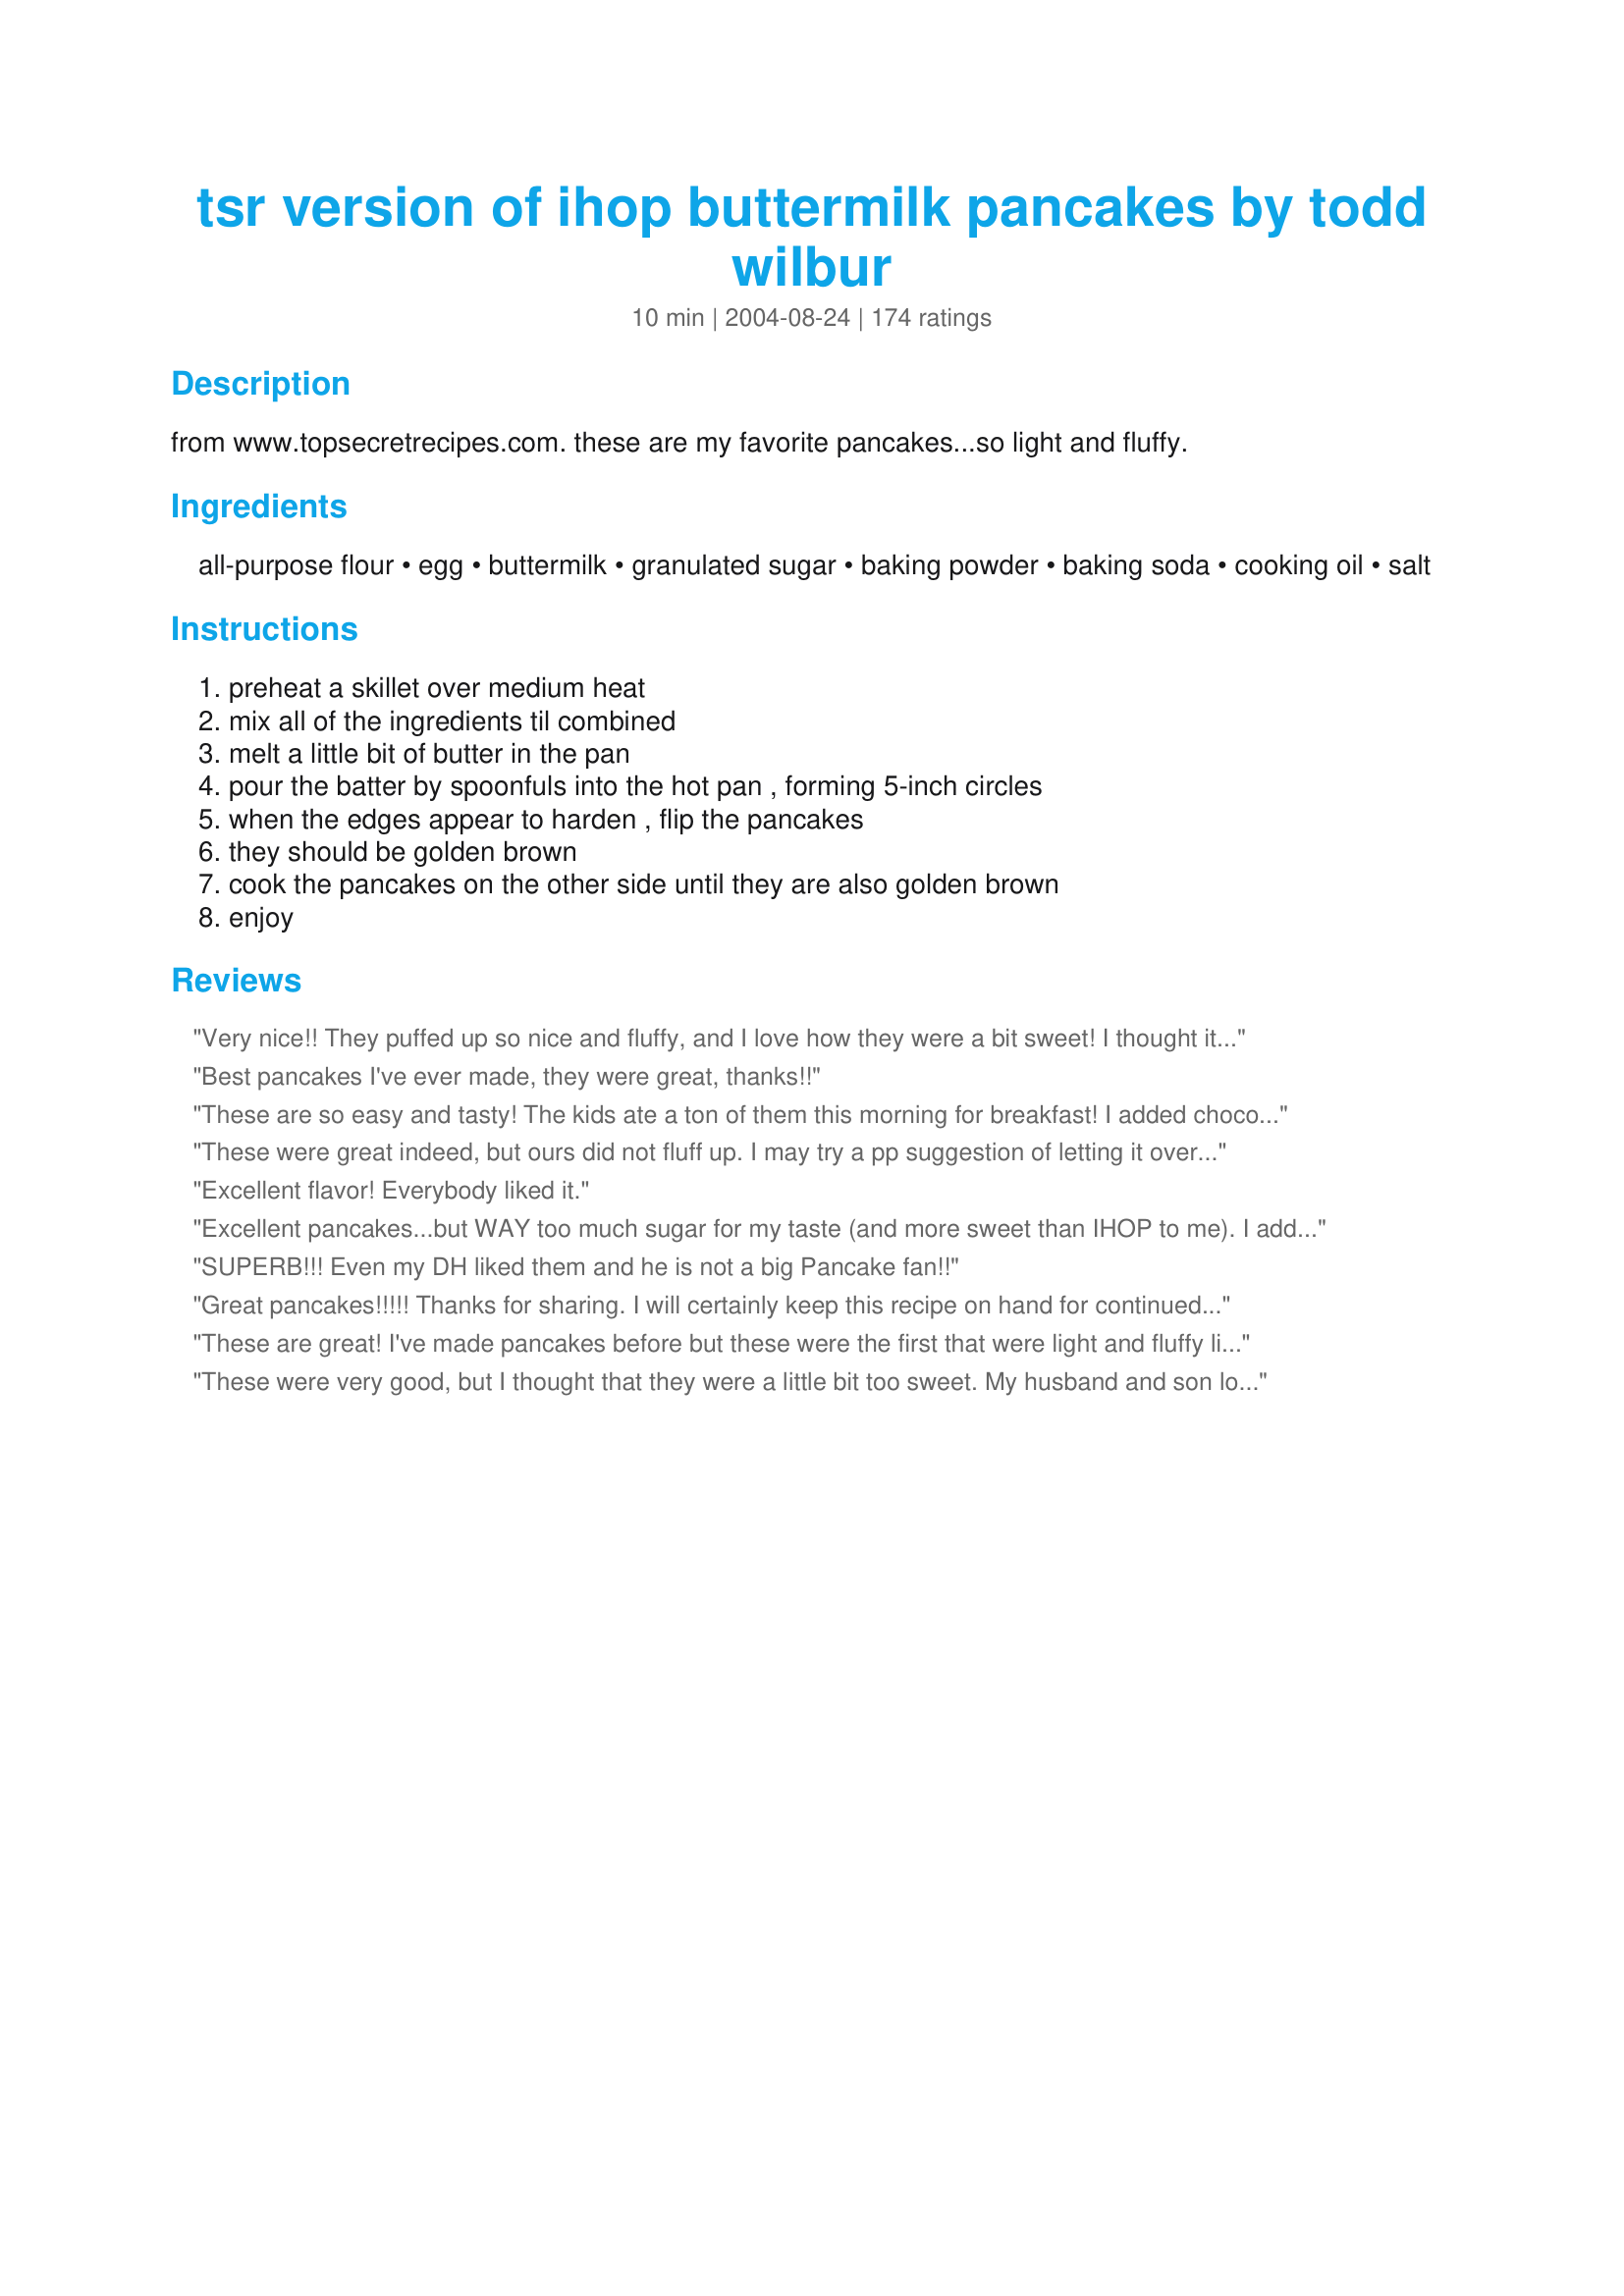
tsr version of ihop buttermilk pancakes by todd wilbur
Preparation time: 10 minutes

from www.topsecretrecipes.com. these are my favorite pancakes...so light and fluffy.

Ingredients:
all-purpose flour, egg, buttermilk, granulated sugar, baking powder, baking soda, cooking oil, salt

Steps:
preheat a skillet over medium heat, mix all of the ingredients til combined, melt a little bit of butter in the pan, pour the batter by spoonfuls into the hot pan , forming 5-inch circles, when the edges appear to harden , flip the pancakes, they should be golden brown, cook the pancakes on the other side until they are also golden brown, enjoy

Reviews:
Very nice!! They puffed up so nice and fluffy, and I love how they were a bit sweet! I thought it was a little strange that my batter had no lumps as regular batters do, but I guess that is how it was suppost to be! They were perfect!!
Best pancakes I've ever made, they were great, thanks!!
These are so easy and tasty! The kids ate a ton of them this morning for breakfast! I added chocolate chips to the 2nd batch and they were even better!
Thanks for the recipe!
These were great indeed, but ours did not fluff up. I may try a pp suggestion of letting it overnight and see if that makes a difference. Compared to our regular batter, this was a very thin batter and the pancakes were also very thin. No complaints on taste or texture though:)
Excellent flavor! Everybody liked it.
Excellent pancakes...but WAY too much sugar for my taste (and more sweet than IHOP to me). I added blueberries too which I LOVE. I will make them again with half the sugar or less. I used 1/2 whole wheat white flour..and will use 100% of that next time as well. Looks like a few others got great results using butter instead of oil..so I will try that and half the amount. A few said they didn't use any oil and it turned out fine...so I thought halving it wouldn't hurt!
SUPERB!!! Even my DH liked them and he is not a big Pancake fan!!
Great pancakes!!!!! Thanks for sharing. I will certainly keep this recipe on hand for continued use in the future!
These are great! I've made pancakes before but these were the first that were light and fluffy like a restaurant. Family loved them.
These were very good, but I thought that they were a little bit too sweet. My husband and son loved them! They gobbled them right down! =)
Thank you for sharing this wonderful recipe! My finicky husband gobbled them up. These are truly IHOP like in appearance, texture and most importantly FLAVOR! I doubled the recipe with excellent results. This is my new Saturday morning recipe!!<br/>THANKS AGAIN!
Great pancakes !! I&#039;ve made them twice this month for guests &amp; they were well-rec&#039;d both times. On the 1st occasion, they were made exactly as written. For the 2nd occasion, they were also made as written .. BUT I added a homemade gingerbread spice blend to the batter &amp; swooned over the outcome. These babies are now my go-to recipe of choice for pancakes. Thx for sharing this recipe w/us. :-)
Perfect pancake recipe!!! This is now my favorite pancake recipe.
They are light, fluffy, moist and on top of all that....totally delish!!
Does taste like IHOP pancakes. I would have taken a picture but they were eaten too quickly. :-)
Thanks a million for the recipe!!
These were AWESOME! They truly do have the texture and taste of IHOP's pancakes. Thanks for sharing!
I live in Brazil, and here it's difficult to find buttermilk. So I made a homemade recipe: stir 1 cup of low fat milk and juice of 1/2 lemon, and let rest for 10 minutes. The taste was great, very close to IHOP's.
I haven't been to IHOP in years so I can't compare but these were excellent pancakes - light & fluffy! Since I had only 1 cup of buttermilk, I topped it up with 1% milk. Delicious with warm Blueberry Sauce (#78222). Thanx Mandy!
PERFECT! These are light, fluffy and WONDERFUL!! YUM!
Whipped these up the night before after the kids were asleep. That saved at least 30 minutes even though it only took 5 to make the batter up (you moms of hyper kids know what I mean :-).
The next day, I had to go to a meeting, so hubby made these and left some for me in a container. Even two and a half hours later, these babies were good! I ate three before I even got out the syrup! They were not extrememly fluffy (as in lofty in height), but light and delicious they were! 
I did not "mix until smooth" because so many cooking shows and mags I have watched and read say that mixing pancakes till smooth (no more bubbles) causes the pancakes to be flatter, denser and not as fluffy. Over mixing till smooth will result in a flapjack rather than a light fluffy pancake. Flapjacks are great for filling and using as breakfast sandich bread. For light and fluffy cake-like pancakes, use a light hand when mixing. I mixed the dry ingredients all together in a seperate bowl, beat the egg well in the measuring cup I later used for the milk and then added wet ingredients, stirring with a spoon only until the egg seemed well dispersed throughout the batter. I had bits of dryer lumps still in the batter when done stirring. 
My favorite way to dispense pancakes is to cut off the end of a cheap bulb baster, suck up the batter and dispense rounds on my griddle...no more drips and spills. 

Thank you very very much. I'm not buying a store bought mix ever again!
Maybe I did something wrong, (although I have double-checked quantities), my mix was very runny and difficult to work with, and seemed to burn very quickly, even though they were cooked on the lowest burner. Were also very sweet
Very good recipe. I will start making this over the store bought mix.
Very nice, filling pancakes. I added a bit more baking powder because I like them thick and fluffy. I also threw in blueberries since I have been trying to get more fruit in our diet. I really liked this recipe.
These are seriously good pancakes! My daughter said they were even BETTER than IHOP's. I usually make pancakes for her for breakfast, but I couldn't keep my hands off them. The batter turned out a little too thick, so I had to add a bit more buttermilk. Thank you for sharing this recipe! I'm sure it will become a mainstay at our house.
Made these last night for "breakfast supper" they were wonderful- big, light, fluffy and delicious.
These are the fullyiest moistest pancakes I ever made, and I have been searching for the perfect pancake recipe for a year now. I have done these with the buttermilk and when I didn't have it I added 1 tablespoon of lemon juice and they turned out the same. Thank you so much for posting. Now I can move on with my life.
This is how I've been making mine for years. Resting it gives the fluffiness , add berries to make it even more yummy.
These were easy to make and tastes great. Thanks for the recipe.
Nice and fluffy, great flavor. I did take one reviewers advice and let the batter sit for about 30 minutes. Will definitely make again.
Very good recipe, flavourful. I needed to use up the rest of the buttermilk, so this was a perfect way. Had a sweet flavour. They weren't as fluffy as I expected, but I think it had something to do with my baking soda sitting around too long - need to buy a new box!
I thought these were very good. I used dry buttermilk, and decreased the liquid (water) I used by 1/4 cup, both because I wanted thicker pancakes, and also because the egg I used was extra-large. They came out very nice, light and fluffy as advertised. I will increase the salt and decrease the sugar just a little next time I make them. Thank you for posting this recipe.
These didn't taste like Ihop pancakes but they were delicious! I only used 1 tbsp of sugar because I'm not a fan of sweet pancakes. I only added a tsp of vanilla extract. Thanks for the recipe! Will defintely make again!
These were so nice and fluffy. Will make these again. Thanks for posting.
I made these tonight and they were delish! I'm always looking for a good pancake recipe as we like to make breakfast for dinner regularly. I let the batter sit for almost an hour. It is much better than the copykat recipe which I have as well. The only thing I did different was to add a tsp of vanilla. I will also double or triple the recipe since I do like a nice size cake but I was able to get the standard 10 using the 1/4c scoop.
Our daughter and son-in-law reported that these were the best pancakes they have tried so far, but they aren&#039;t sure this is just like IHOP (and they go there frequently). LOL! Who cares if they are the SAME; it&#039;s okay with me if they are better! Made for Name That Ingredient Tag.
Wowzeers! These are good! The batter was soft, thick & billowed when mixed. Be sure to butter pan generously to get crispy edges (if you like the contrast between tender cake & crispy edges). We added frozen blueberries - sprinkled on top of cakes in pan before flip. Will be keeping this recipe...oh, duh, I left out the oil - still great anyway! Thanks for posting xOx!
These go straight in to my very favourite zaar recipe folder.
Light, fluffy and delicious.
Served with a knob of butter and maple syrup.
Thanks for sharing.
very good pancakes. i have been trying so many recipes and am very pleased with this one. thanks for posting. it came out a little thick but i just had to add another tablespoon of regular milk and the batter was perfect.
yogi
These make light and not real thick pancakes, which I love. So did the family!
I made these and also loved them. My son thought they were good too although he said they were a little different then what he is used to. The batter is just perfect not too watery or dry. I expected to see tiny bubbles over the batter as they were cooking and did not so just watch out. Mine did not fluff out as much as others have said maybe my baking powder is getting outdated, I dont know. thanks for a keeper
Great pancakes. Just perfect to flip. Served with homemade chokecherry syrup and sausage. YUM.
Something I forgot on my original review......do not let better sit overnite!!!!!!!!!!!!!!! Also use a heaping teaspoon on baking powder..i use a 1/4 measuring cup full of batter for each pancake, comes out perfect.
Delicious, and couldn't be easier! Thank you!
This recipe my family has used for years and a few things that we have found out over the time. Letting the batter sit is 'a good thing'. To make these into chocolate pancakes add cocoa, half and half batter and you can make plain and chocolate smiley faces. Also by reducing the liquid a bit we have added pumpkin puree for the fall, add a tad bit more liquid and let it set over night with dried berries. The favorite is chopped apples added with ice cream carmel sauce and a dollup of whip cream on top. This is a great recipe to let your imagination go wild.
I have never made better pancakes. These were moist, light and fluffy. Definitely a keeper!!
These were great!! I taped the recipe by the flour, since I usually have all the ingredients. I ended up freezing some and bought some blueberry syrup for them ( since I know that will be FANTASTIC!). Thanks so much!!
Living in the Netherlands we get lots of good pannenkoeken (which are like crepes), but we were craving some American-style buttermilk pancakes. Wow, did these fit the bill. Just the right density and a great flavor. I added about 1/2 c. chopped banana and 1/4 c. walnuts and they just might be the best pancakes I've ever made. This has just become our new standard.
Light and fluffy and just perfect!
This is my all-time favorite pancake recipe. And it really does taste exactly like IHOP's! Thanks for sharing, they are wonderful, light and fluffy. Sooooo good with Boysenberry syrup!
My new favorite pancake recipe (and I'm particular about my pancakes!). My 5 kids and my husband all loved them. Yummy!
EXCELLENT pancakes! I actually cut out almost all of the oil and used only about two teaspoons.
These are soft and fluffy but with just the right weight and density that a really good pancake needs.
Just made tonight and they were a hit! Very close to Ihop! Will be making from now on! I did add a teaspoon of vanilla, but other than that followed the recipe exactly. I didn't think they were too thin at all!
When schools were closed for a snow day, meetings were cancelled and DH gt to work from home, replacing our crazy, hectic weekday morning with a yummy breakfast just sounded like the thing to do. We had buttermilk that needed to be used up so I searched the recipes for one we hadn&#039;t tried yet and this is what we came up with. Served them with either powdered sugar or real maple syrup. These are very close to IHOP pancakes. DD said all we needed was IHOP&#039;s strawberry syrup (her favorite) and they would be perfect.
These were good basic pancakes, but the kids did not care for them.
These are the best pancakes I have ever had- bar none. I added 1/2 tsp of vanilla extract and did everything else as written.
YUM! My family loved these! I didn't have enough buttermilk for 2 batches, so I used milk for half of it, and it worked fine. Great recipe! :)
We will never make pancakes from a mix again. These were so easy to throw together, and they came out so light and fluffy!
Excellent. Great flavor and easy to make. Excellent for our Sunday Family Breakfast! Ty for the post.
Awesome pancakes, great texture and taste great, will be my "go to" buttermilk pancake recipe from now on. Thanks for posting!
Yummy! IHOP makes the best pancakes, and this copycat recipe is also the best.
I printed this recipe awhile ago & just made them this morning. These were great! I've used buttermilk before in waffles. These are light & fluffy just like everyone says.I actually use Buttermilk powder with water. There's only 2 of us and I don't use up the real buttermilk quick enough. Really easy to make too so I'm not buying pancake mix anymore.
These pancakes hit the spot! I dunno if they taste like IHOP's, but nevertheless, they taste great. My family especially enjoys having these pancakes when we have breakfast for dinner. I never have buttermilk in the fridge, so I always use Recipe #430334 which works like a charm. Thanks.
Fantastic pancakes and so easy to make! Don't know if these are anything like IHOP, but these are delicious!
This is my first recipe that I've ever rated on here and I've been using recipezaar/food.com for YEARS! But after making these one time, I keep buttermilk on hand. So we can have these anytime we fancy them. Our whole marriage, my husband has been the pancake guru using Aunt Jemima's but now, I've won the whole family over including him with this recipe! I love it! Great recipe to freeze and eat anytime.
YUM! I was craving pancakes and now I don't ever have to go out for them again. Superb!
Tender, tasty and easy are three adjectives that would describe these pancakes. I have not had IHOP's pancakes, so I cannot compare them. The family gobbled these up in no time flat. I did not have buttermilk but substituted buttermilk powder with no ill effects. I also added a splash if vanilla as my family loves the flavor it adds to the batter. This is a keeper for sure.
These are wonderful! Definitely using this instead of my usual recipe. Never tried to make buttermilk pancakes before, and was very pleased with the results.
Great pancakes! In one bowl, I mixed the dry ingredients, flour, sugar, baking powder, baking soda and salt. In another bowl, I mixed my wet ingredients, egg, buttermilk, vegetable and 1 tsp vanilla (my addition). Once mixed, I gradually added the dry ingredients, to prevent the batter from getting lumpy. The reason why I don't throw all the ingredients into a bowl and mix is because the recipe calls for baking soda and powder, to prevent the batter from potentially tasting powdery, I mix it with the flour first then with the rest of the ingredients. Thank you for a great recipe.
I made these 2 weeks ago and my family loved them.Then I lost the recipe and printed 3 copys so I will always have 1 lol.I also added a teaspoon more of baking powder for a lighter pancake.
These are awesome, better than ihops and 5 star all the way! Thanks for making so many meals so great!
This is my favorite pancake recipe. Delicious, reliable results every time!
I make these at least once a week (usually on Saturday mornings) and double the recipe to keep on hand for weekday breakfasts -- although they often don&#039;t make it past Monday! My four kids and husband love this recipe and ask for it all the time. Buttermilk is a staple on my grocery list. I always have a half gallon on hand. I also add a tablespoon of vanilla to the recipe and add chocolate chips. I make each batch on a stovetop griddle with melted butter. yum!!!
?? These aren't good. They're way too sweet and they are nowhere comparable to IHop's masterpieces. I made this once and thought maybe I put in too much of something, but I made them exactly as described in the recipe a second time and they were even worse. Bisquick or Krusteaz mix is way better. Ech. I'm not sure why everyone loves these so much.
This is the recipe I use, except that mine calls for only 1 cup of buttermilk and a heaping tsp of baking powder. They are really good, and my family loves them, even with white whole wheat flour.
I'll admit that I'm usually lazy and just use a pancake mix when I feel like pancakes - but that's only because I'd tried a few "basic" pancake recipes that were entirely tasteless, didn't have a good texture, and left that nasty taste in my mouth. That's all changed now that I found this recipe! WOW WOW WOW WOW WOW!!!!! Absolutely YUMMY! So fluffy - and I don't just mean"light", I mean this recipe makes a FAT pancake! The sugar adds just enough sweetness - you could almost eat them plain! I'll never use a mix again! Thanks for sharing this one!
Wonderful. Made this recipe and it is a keeper.
The best pancake recipe I have found. I made mine vegan with egg re placer, soy butter milk, etc. So freaking good!
These are delicious! I did add 1 tsp. vanilla, but other than that, I made them just as posted and was not disappointed! As others suggested, next time I make them I will let them sit for at bit to make them even better. Thanks for posting! NOTE: I'm making these today for the 3rd or 4th time and was out of all-purpose flour, so I used bread flour instead and also added 1/2 tsp. salt. These turned out the BEST out of all the times I made them. They were extra fluffy and full of flavor!! I will continue to use bread flour and 1/2 tsp. salt when making this recipe!
These pancakes are really tasty, Mandy! They're even amenable to messing around a bit with the flours. I used 1/4 c soy flour and about 1/3 c whole wheat pastry flour for part of the all-purpose type. I didn't have buttermilk, so I used 1/2 c plain yogurt and 1 c vanilla soy milk (which I soured with some ascorbic acid). I let the batter sit for about 45 minutes or so before cooking them up, and they were indeed light and tasty. The batter's quite sweet, but the end result is just right, delicious with syrup and a few walnuts sprinkled on top. Thanks!
Those pancakes were the best I've tried so far from this website. I didn't need to tweak it, it was perfect as is. We really enjoyed the buttermilk taste (what's the point in using it if it doesn't taste like it?) along with the berries we ate with the cakes. I was like a kid, watching them rise after I flipped them. Thank you very much for this new breakfast treat!
Baked these in the oven (stovetop was broken). The pancakes still turned out GREAT! Five star rating from all of the family.
I was having a major pancake craving and this really hit the spot. I didn't have buttermilk so I added 1TB of white vinegar to the milk. I poured creamy maple syrup on top for an ultra decadent meal. Thanks for posting.
These pancakes were delicious! By the time, I got to the table there was only one left. I had to get up and make more for myself! Thanks -- this recipe will become my usual for pancakes...Mia
I made these for breakfast two days ago, and thought they were very good. I made the batter the night before and let it sit in the fridge in a covered bowl. They were very easy to put together, and they were very light. We used maple syrup (our usual topping) and were very tasty. I will be making them again. Thanks for posting, xOxMandYxOx!
I changed it up a bit! I added a heaping tablespoon of sour cream...1 tablespoon of lemon juice and a teaspoon of vanilla...turned out wonderful!
Simple, fluffy, and delicious. I used powdered buttermilk. Will make these again!
I was very like Geist, standing there watching these pancakes rise like a child. We loved these and will be making them again. I was upset and needed something to do and chear me up, these were the perfect medicine. Thanks for posting. UPDATED: i had made some more and frozen them to have fro my aerican birthday breakfast - these are outstanding. this will be the only pancake recipe i will make from now on, and everyone loved it. Miss Pixie x x x :D
waaaaaay too much oil! they tasted Ok but were pretty soggy, not fluffy. Next time I'll cut the oil from 1/4 cup to 1/8th
We really like this recipe. The only reason why I didn't give it 5 stars was because they were a little sweet for me, but that is just a personal preference. Thanks so much!
These were wonderful! My Boyfriend and I ate the entire batch. He was standing by the stove waiting for the next batch to get done. We will be making these again!
I have replaced what i had thought was the best pancake recipe in my recipe box to this one!!! These are soooo fluffy and tasty! With serveral ingrediant changes because of not making sure i had all the ingrediants before starting, they were still incredible. I didn't have enough buttermilk (1/4 cup to be exact), so i followed the advice of another reviewer and topped up with 1% milk. i also had no sugar-hard to believe-and substituted for splenda. With all the changes i was curious how they would turn out and they were AWESOME!!! i also followed another reviewers advice and made it the night before. thanks for sharing the recipe and for all the advice from the other reviewers. I've decided to no longer experiment with other pancake recipes, there's just no point-this is the best!
These are wonderful! Very easy to make and my whole family loves them! I now have to keep buttermilk stocked in the fridge for these. I'd love to see how well they stand up to freezing but I guess if you don't have anything left over you can't freeze it LOL!

Thanks again for a wonderful recipe!
Very easy to make and YUMMY!! Just be prepared to double/triple the recipe because your family will want more.
These pancakes are so good! They are easy to make and they come out perfect. I have always had trouble making other pancake recipes before so this was going to be my last try at making pancakes. Thank you so much for posting such a great recipe.
In love with this recipe! Even satisfied my pickiest eater a preteen who loves ihop! Tried so many recipes in search of the perfect flavored and textured for a delicious pancake, so glad I tried this one! it has now been our go to recipe for yummy pancakes for the last yr. or so and still loving it.
DELICIOUS! I&#039;m always after the perfect fluffy pancake recipe and this is definitely it! My fianc&eacute; and I polished these off for brunch very quickly!
These are some of the best pancakes I've ever had, very close to IHOP. I followed some other reviewers' suggestions and added 1tsp of vanilla. I let the batter sit for about 30 minutes, might try to let it sit for longer next time (too hungry to wait!) Deliciously sweet and very fluffy.
Can't believe I forgot to rate these! DH and I like to have breakfast for dinner every once in a while and these were great sprinkled with blueberries. I always add a bit of lemon juice to all my pancakes and between that and the buttermilk these had a nice subtle tang to them. These are the standard now!
It's been ages since I've been to an IHOP, but I do remember their wonderful buttermilk pancakes, & these are just as satisfying! I usually like my 'cakes & waffles with light corn syrup, but this time I had a homemade cranberry & strawberry syrup & was really nice! [Tagged, made & reviewed in Zaar Chef Alphabet Soup tag]
To make the best pancakes (or any food) it all begins with a great mood and love you put into the making of it do not cook in a bad or unpositive or unsure mood. The better you feel about it the better it will be. We modified this recipe as we didn't have enough milk and what I knew from memory of being a breakfast cook in high school years ago. We used half milk the other half was half n half cream (ran out of milk) then we used melted butter a little more than called for cinnamon about a pinch or two and about six drops of pure vanilla extract the rest stayed the same. We mixed it and allowed to rest for ten to twenty mins then we cooked in a cast iron pan with oil (vegetable,crisco,or coconut oils work best for us). Cast iron skillets make the best pancakes in my opinion (remember the 1st cake never comes out well) cooking is not an exact science of ingredients but an art of love and ingredients so if you mess up a little here or there it does not matter as long as you put in lots of LOVE and good feelings it will come out awesome. This is why grandmothers cook great food as the amount of love they put in is huge. Good luck and God bless. Unlock your inner chef with positive beliefs
Yum!! We followed the recipe exactly and these made for such a wonderful breakfast! I agree with everyone-they&#039;re very light and fluffy and the taste is fantastic! Thanks for the great recipe!
This morning, I made this pancakes for one person only. So I tried to half the recipe with all the ingredients except keeping 1 egg. Well, the pancakes came out so good. They are light and fluffly with a perfect sweetness. I was able to make 3 nice size pancakes out of half batter. The guest loved them and asked for the recipe. I called the ingredients out to her and guess what? I forgot the oil in the batter. DUH!!! Anyway, this recipe is very forgiving and turned out great even with my big mistake. Thanks for posting it.
Pretty good pancake! I used LF buttermilk, which may have made them a bit thinner than I would have liked, but they tasted delicious.
These are amazing! We love making these (though we add a tad more salt). I’d rather have these any day over IHOP’s. I know that sounds a bit off, but it’s the same but better.
Hands down the BEST buttermilk pancake recipe I have ever made!! I have been making this for a few years now and have never reviewed it. I usually have to triple it for my family of 6. (The kids LOVE them!!) If I have leftovers, I freeze them and microwave them later. These are just as easy as a pancake mix and taste 100 times better!
Excellent, added a few drops of vanilla essence.just as gud as ihop
Delicious easy wonderful pancakes. Made for I recommend.
These were good! The batter does remind me of Ihop as their batter runs a little thin. I recommend letting the batter sit for 10-15 minutes to thicken up so the pancakes won't be so thin they tear apart. Makes ten nice pancakes if you use 1/4 cup batter per. Give them room as they spread on the griddle. Thanks for posting, Mandy!
I doubled the recipe as I love to have leftovers to microwave. I followed the recipe exactly as written with the exception of adding a splash of vanilla and I made my own buttermilk as I didnt have any on hand.Hubby likes thinner pancakes so I decided to give it a try.He loved them and ate way too many, now he is miserably full. Very easy to make and they cook up quickly.Thanks for the wonderful recipe, hubby is very happy :)
Yummy!! I used butter instead of the oil. I always add butter on top after I cook them so I thought maybe if I substituted it in the recipe, I wouldn't have to add all that fat later...and I was right!! They had a delicious buttery flavor and they were the perfect sweetness. Cooked up very fluffy too...Thanks!
Perfect pancakes!
Fantastic!! I used the buttermilk powder. Even the batter smelled yummy. I added a touch more flour than called for. It's better with real buttermilk! Just as good for the waffle iron, but need a bit more flour for that. Forget the mixes, this is IT!!!
AMAZING!!! i topped these with a home made blueberry sauce and whipped cream and it was fabulous!!
These are okay. They definitely do not taste like IHOP pancakes. There are much better pancake batter recipes out there.
Delicious. Ate them for the second time this weekend. My French husband adores them and tried to eat mine! I also topped them with Blueberry Syrup. Will definitely make them again...and again.
Have made these a few times now and they're always a hit! I added 2 teaspoons of vanilla and a teaspoon cinnamon to mine and everyone fights over the last one. Thanks for a great recipe.
Great taste and texture. Thanks x0xMandYx0x :) Made for cookbook tag game
Great pancakes. I made a buttermilk substitute and we really enjoyed these light fluffy pancakes. Thanks for sharing. Made for Zaar Alphabet Soup Tag.
These are my favorite pancakes. Reliable, fluffy, and delicious. I was about to submit the same recipe, but this is almost exactly the same version I use. I use nonstick spray instead of butter to grease the pan, I use a mixer to blend the batter, and I use a heaping teaspoon of the baking powder.
These were good. I used whole wheat pastry flour and 1TB flaxseed/3TB water as an egg replacer. I think it makes a difference on how you cook them because my first 3 fluffed but fell flat. The last 2 were good though. They were spongey and I think it's because I flipped them as soon as the edges were flip-able. So, as to not let the center bubble up too much because the more bubbles that form in the center the less amount of air you'll have for that lift. I think that may affect the ability for the pancake to puff up and stay that way.
We made these last Sunday. Usually have pancakes once a month, and go all out with berries, maple syrup &amp; thick slice bacon. It is now the following Saturday, &amp; we're having these yummy pancakes again. New family favorite, &amp; the recipe is perfect. I wouldn't change a thing.
This is the pancake recipe I've been looking for for years,excellent,I feel whole again:]
The best pancakes ever!!!
I've found the best pancake recipe in this one. They were very good, even dh said so. I know I will use this from now on. Thanks!
This is a great recipe. I add 1 teaspoon of vanilla for a little extra flavor. I also make my own Buttermilk by putting 1 Tablespoon of vinegar in the glass measuring cup before adding enough lactose free skim milk to measure 1 1/4 cups. I&#039;ve also found that using a moderate heat works best.
oh so yummy! First time I've ever cooked with buttermilk. My son made a cute comment that they were so yummy and buttery by themselves, that they didn't need any extra butter, he just laughed when I told him they were made with buttermilk. I will be making these again.
Delicious!!!! I followed it to a "T" and it made 10 pancakes!
Great pancakes! They have a bit of a sweetness and a very nice fluffy texture. I've tried several pancake recipes on Zaar and liked them all, but this one is now the only one I'll be using. My daughter requested chocolate chip pancakes, so I threw some chocolate chips in some of the batter and it worked out great.
YUM! love this recipe. Turned out great! Thanks for sharing the recipe!
Awesome recipe, we had them for breakfast this morning! I added a little vanilla, and we threw in chocolate chips when we made them!!! YUM!!!
That's right, I've never been to IHop. I've only seen commercials on TV.

These were very good. I had only 2 eggs this morning, and knew that meant nothing to have tomorrow. I decided I'd just mix up pancakes, and since I had buttermilk here that's about to spoil, I thought I'd use that up to. I was VERY happy with the results.

They were nice and fluffy and just most enjoyable. I might add blueberries the next time, because that just sounds like a nice addition.
These were PERFECT!!! I'm not much of a pancake fan, but once in a great while I get a craving for them, but they have to be GOOD pancakes. Since I didn't have buttermilk I added about 1.5 tablespoons of white vinegar with regular milk and let it site for about 10 mins. I followed everything else according to the instructions But I did cut the oil down to 2 tablespoons. you won't be disappointed!
Perfectly lovely pancakes :) They were very similar to IHOP. I made my own buttermilk using 1% milk and vinegar. Other ingredients were measured precisely. I buttered the grill. I let the batter rest for 10 minutes, which made it look like it expanded. Quick note: beat it well. I thought mine was very well blended, but toward the middle, I found pockets of flour. I used a beater on low speed, so maybe I should go with a higher speed for longer. Some of the pancakes had a sweeter flavor than other, but it was more interesting than off-putting. I'd love to try this again with butter instead of oil. I doubled the recipe and produced 24 pancakes using a 1/2-cup measure to pour the circles. We have 4 left over in the freezer for school mornings. Yum! Thanks for making a great tasting pancake recipe for those of us who live too far from IHOP to go there often.
I can't believe I haven't rated these before. These are fantastic! My daughter loves them, wants them breakfast lunch and dinner! I usually make a double or triple batch and then freeze them. Take the out and microwave them for a few seconds on each side.
Delicious!
These pancakes were awesome. I used 1/4 cup of butter instead of the oil. It wasn't quite IHOP pancakes but they were very close and tasted great. This is by far the best buttermilk pancake recipe that I have tried to date.
this was an awesome recipe, my DH loves IHOP, we try to go every Sunday before church. However, some weekends we can't make it so I surprised him with this recipe. The only thing I added was a teaspoon of vanilla extract. It was so good, I really loved it, thanks a million.
Made these for Sunday morning breakfast, boy were they good! They were so fluffy and delicious. I made the batter the night before which made Sunday morning breakfast a breeze! Thank you for posting, this ones a keeper!
buttermilk pancakes are my sons favorite, my youngest son always ask me to make this, thanks mandy, this is a great recipe.
These are the best pancakes... they are really really light. They have little air holes in them. I didn't have buttermilk so I made my own. 1 TBS white vinegar to one cup of milk and let set for 5 minutes. This will be my go to pancake recipe
Excellent Recipe!! I followed this recipe exactly as it states, and everyone in my family LOVED these pancakes. Thank you!!
Yummy! This is my new pancake recipe! Hubby and son gobbled them up as fast as I could make them. I added just a splash of vanilla to the batter but otherwise followed the recipe exactly. It's a keeper!
OMG!! These are fabulous! My 5 year old always wants to go to ihop and we are a family of 6, so it gets rather pricey! My twins tried these pancakes and said they tasted just the same, but the 5 year old said they were different. I put strawberry milk syrup on them and she said "NOW they taste like ihop!" I didn't have time to let the batter sit so i heated the butter milk on med temp in micro to warm it up, and let the eggs sit in hot water for a few minutes. (Cold slows down the baking powder action.) Perfect! If it isn't perfect, you did it wrong!
I am rating based on the reaction to the people that ate them. I made these and topped them with #23724. I also dropped fresh blueberries on the batter once they were on the griddle. I didn't taste myself, due to dietary reasons, but I wouldn't hesitate to serve again. I also made the batter the night before, and tripled the batter. Thank you for sharing this recipe.
Absolutely delicious...added vanilla. My husband had been asking for pancakes. Last weekend he went out for a long bike ride and when he got home we had eggs, bacon, freshly squeezed oj, and a stack of pancakes. He loved, loved, loved them. We can't wait to have some again this weekend.
Very good-made double batch to reheat xtra's.Kids give them a 5
Great recipe as is, but I like to add 1-2 tsp of vanilla. It gives the cakes just a hint of vanilla. PS: These things freeze and heat up very well also. Just put parchment paper between each cake to keep them from sticking. I usually make 1-2 batches at a time and freeze.
I make these every Friday for a Bible study. Everyone loves these pancakes, and I like them even better than the Ihop kind. These are much less expensive too...
Very good pancakes. I think I have found my pancake recipe of choice. Thank you for posting, I will use often.
These were a big dissapointment.
I made them the night before as someone suggested,(the batter).
They were completely flat and tasteless, with an undertaste of baking soda. Will go back to my tried recipe for buttermilk pancakes, that you make the night before.
Too sweet. Batter too &quot;egg-y&quot; making it difficulty to work with. I tried them in my cast iron pans and moved to non-stick. Poor results in both. I will not be making these again.
These are great! I made my own buttermilk by using lemon juice & they turned out perfect. Not one left over.
Excellent! Next time I would probably decrease the sugar by 1/2. I used these as the foundation for a breakfast for dinner sandwich with egg, ham and cheese and it was absolutely delicious!
Not sure what Ihop pancankes taste like, it has been so long since I had them, but very good, quick recipe!
This is the best pancake recipe we have tried. So light and fluffy!
Update: We still love these! One thing we've discovered is that they do not seem to get as fluffy if you use a milk/vinegar alternative to the buttermilk. I would also, like other reviewers, recommend letting the batter sit, but even if you don't -- they're wonderful!!
funny when i made them the first time i was distracted and did not put in the egg and you really could not tell it was missing ..second time i DID use the egg ( no different ).....i did put in a teaspoon of good vanilla and some cin. both times
i did let the mixture set like some other reviews mentioned...
A+ will use this as my "default" pan cake recipe!!
This is my favorite pancake recipe! I use a bit less sugar, but that is just personal preference. Besides the sugar, the only thing I do a bit different is to let the batter rest for about 15 minutes before making my pancakes. It allows the baking powder to do its thing and the pancakes come out so light and fluffy. (To be honest though, when time doesn&#039;t permit, I have made them right away and they are still awesome, they are just a bit better if I have the time and patience to wait. lol)
Ummmm... Soooo Good!!! Thanks.
WOW!! What a great recipe!! I tripled the recipe to make for 7 starving children at a birthday party!! Makes a lot of "regular" sized pancakes (maybe 3-4 inches across) They cooked nicely and were golden brown!! FABULOUS!!! Will make again!! ~ MorePlease!!
This is my new staple recipe. Light and fluffy, wonderfully delicious!
After testing and retesting the recipe I couldn't give it anything less than 5 stars. Fluffy, flavorful pancakes. Thanks for sharing. YUMMMMM. My favorite too.
These pancakes were delicious, but just not the same as IHOP. Close, but not quite. I still gave this recipe 5 stars because it made my tummy happy.
I hesitated a little because the pancakes seemed thin, the reviews were good so I made it. OMG!!!! they are absolutely delicious. I will never buy pancake mix again!!!
These are pretty good. I like IHOP's better though. I LOVE their pancakes. always so perfect. I think maybe the canola oil I used was old? So it altered the flavor a bit. But the texture was pretty nice. They tasted a bit "floury" to me.. But still way better than anything from a box! This was my first time making any homemade pancakes. Ill make this again, using a good fresh oil.
***UPDATE: I made these again the other day, and instead of oil I used butter like one reviewer said, and they were AWSOME!!! These really are so soooo good! The best pancakes i have ever had! And they turn out so perfect. Usually I cannot cook a pancake without messing it up, but these were just great! I went back and gave it 5 stars!
Very tasty pancakes. Thanks for the recipe!
Light, tender and simply delicious! Easy to boot! These even looked beautiful... Forget that Bisquick box, these are just as easy and quick to put together!
Mmmm...loved them! My 4 year-old daughter kept saying "thanks" for making these "yummy" pancakes!
Fabulous pancakes! I substituted 1/4 to 1/3 cup of the flour with ground oats (oat flour) for nutritional value. They were great!! Thanks
I'm usually lazy and just use the box pancake mix but I had some buttermilk I needed to use and tried these. These weren't any more difficult than the mix and much better!!! I mixed the ingredients the night before like someone else mentioned. We added mini chocolate chips and my boys loved them. They said to give it 5 stars and I agree.
This is a superior recipe for buttermilk pancakes! We like ours a bit thinner than most buttermilk pancake recipes, so I added about 3/4 cup more buttermilk to the batter. The results were exceptional! I served with real Canadian maple syrup and blueberry syrup. This recipe will go into my permanent cookbook for future use. Thank you so much, Mandy!
We LOVE these! Been making them with this recipe for years. Never liked pancakes until I made them this way. I recommend making these at least one hour early, if not the night before you want to serve them. This gives the baking powder time to react and it makes them nice and fluffy, I use a heaping teaspoon. Great recipe!!
Terrific recipe -- easy to make -- perfect results. Be sure to use the buttermilk .. it is soooo worth it. Since I don't use buttermilk for much else, I make enough batter to use the whole liter of it and cook all the pancakes and freeze them for another day. Thanks for posting.
I made these for brunch this morning. So easy and so delicious. DH & BIL were very impressed and them having eaten many a pancake through their lives I must have done good. But, then again, how can you go wrong it's a perfect recipe. Thanks for a keeper.
Just like IHOP. I made 2 batches so i could freeze one to save for another day.
These were great, but something was missing--maybe a little vanilla extract? I'll be making them again VERY soon so I'll let you know. Thanks for posting.
Outstanding! Great pancakes and easy to throw together. I let my mix sit for about 20 min. before cooking. I think I have found a new favorite pancake recipe. Will make often. Thank you, Thank you!!
